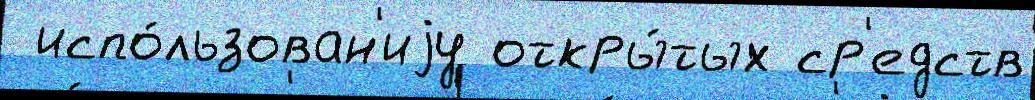
 испо́льзован'иjу откры́тых ср'едств